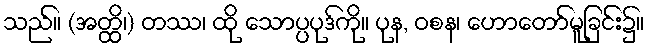
သည်။ (အတ္ထိ၊) တဿ၊ ထို သောပ္ပပုဒ်ကို။ ပုန, ဝစန၊ ဟောတော်မူခြင်း၌။